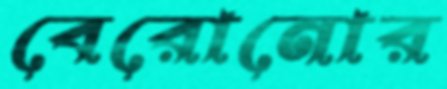
বেরোনোর